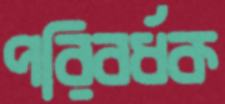
পরিবর্ধক